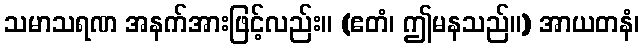
သမာသရဏ အနက်အားဖြင့်လည်း။ (ဧတံ၊ ဤမနသည်။) အာယတနံ၊